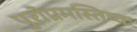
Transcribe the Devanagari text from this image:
पुरोप्रमस्तिष्क